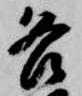
各